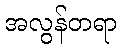
အလွန်တရာ